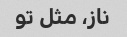
ناز، مثل تو